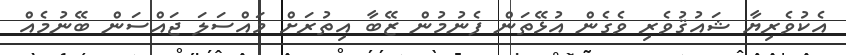
އެކުވެރިޔާ ޝައުޤުވެރި ވެގެން އުޅޭތަން ފެނުމުން ޒޭބާ އިތުރަށް މައްސަލަ ޖައްސަން ބޭނުމެއް